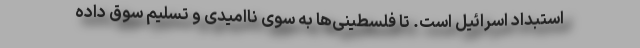
استبداد اسرائیل است. تا فلسطینی‌ها به سوی ناامیدی و تسلیم سوق داده